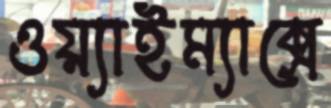
ওয়্যাইম্যাক্সে